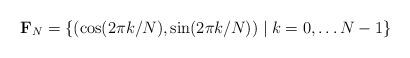
LaTeX: \begin{align*}\mathbf{F}_N = \{ \left(\cos(2 \pi k/N), \sin(2 \pi k/N)\right) \mid k = 0, \ldots N-1 \}\end{align*}